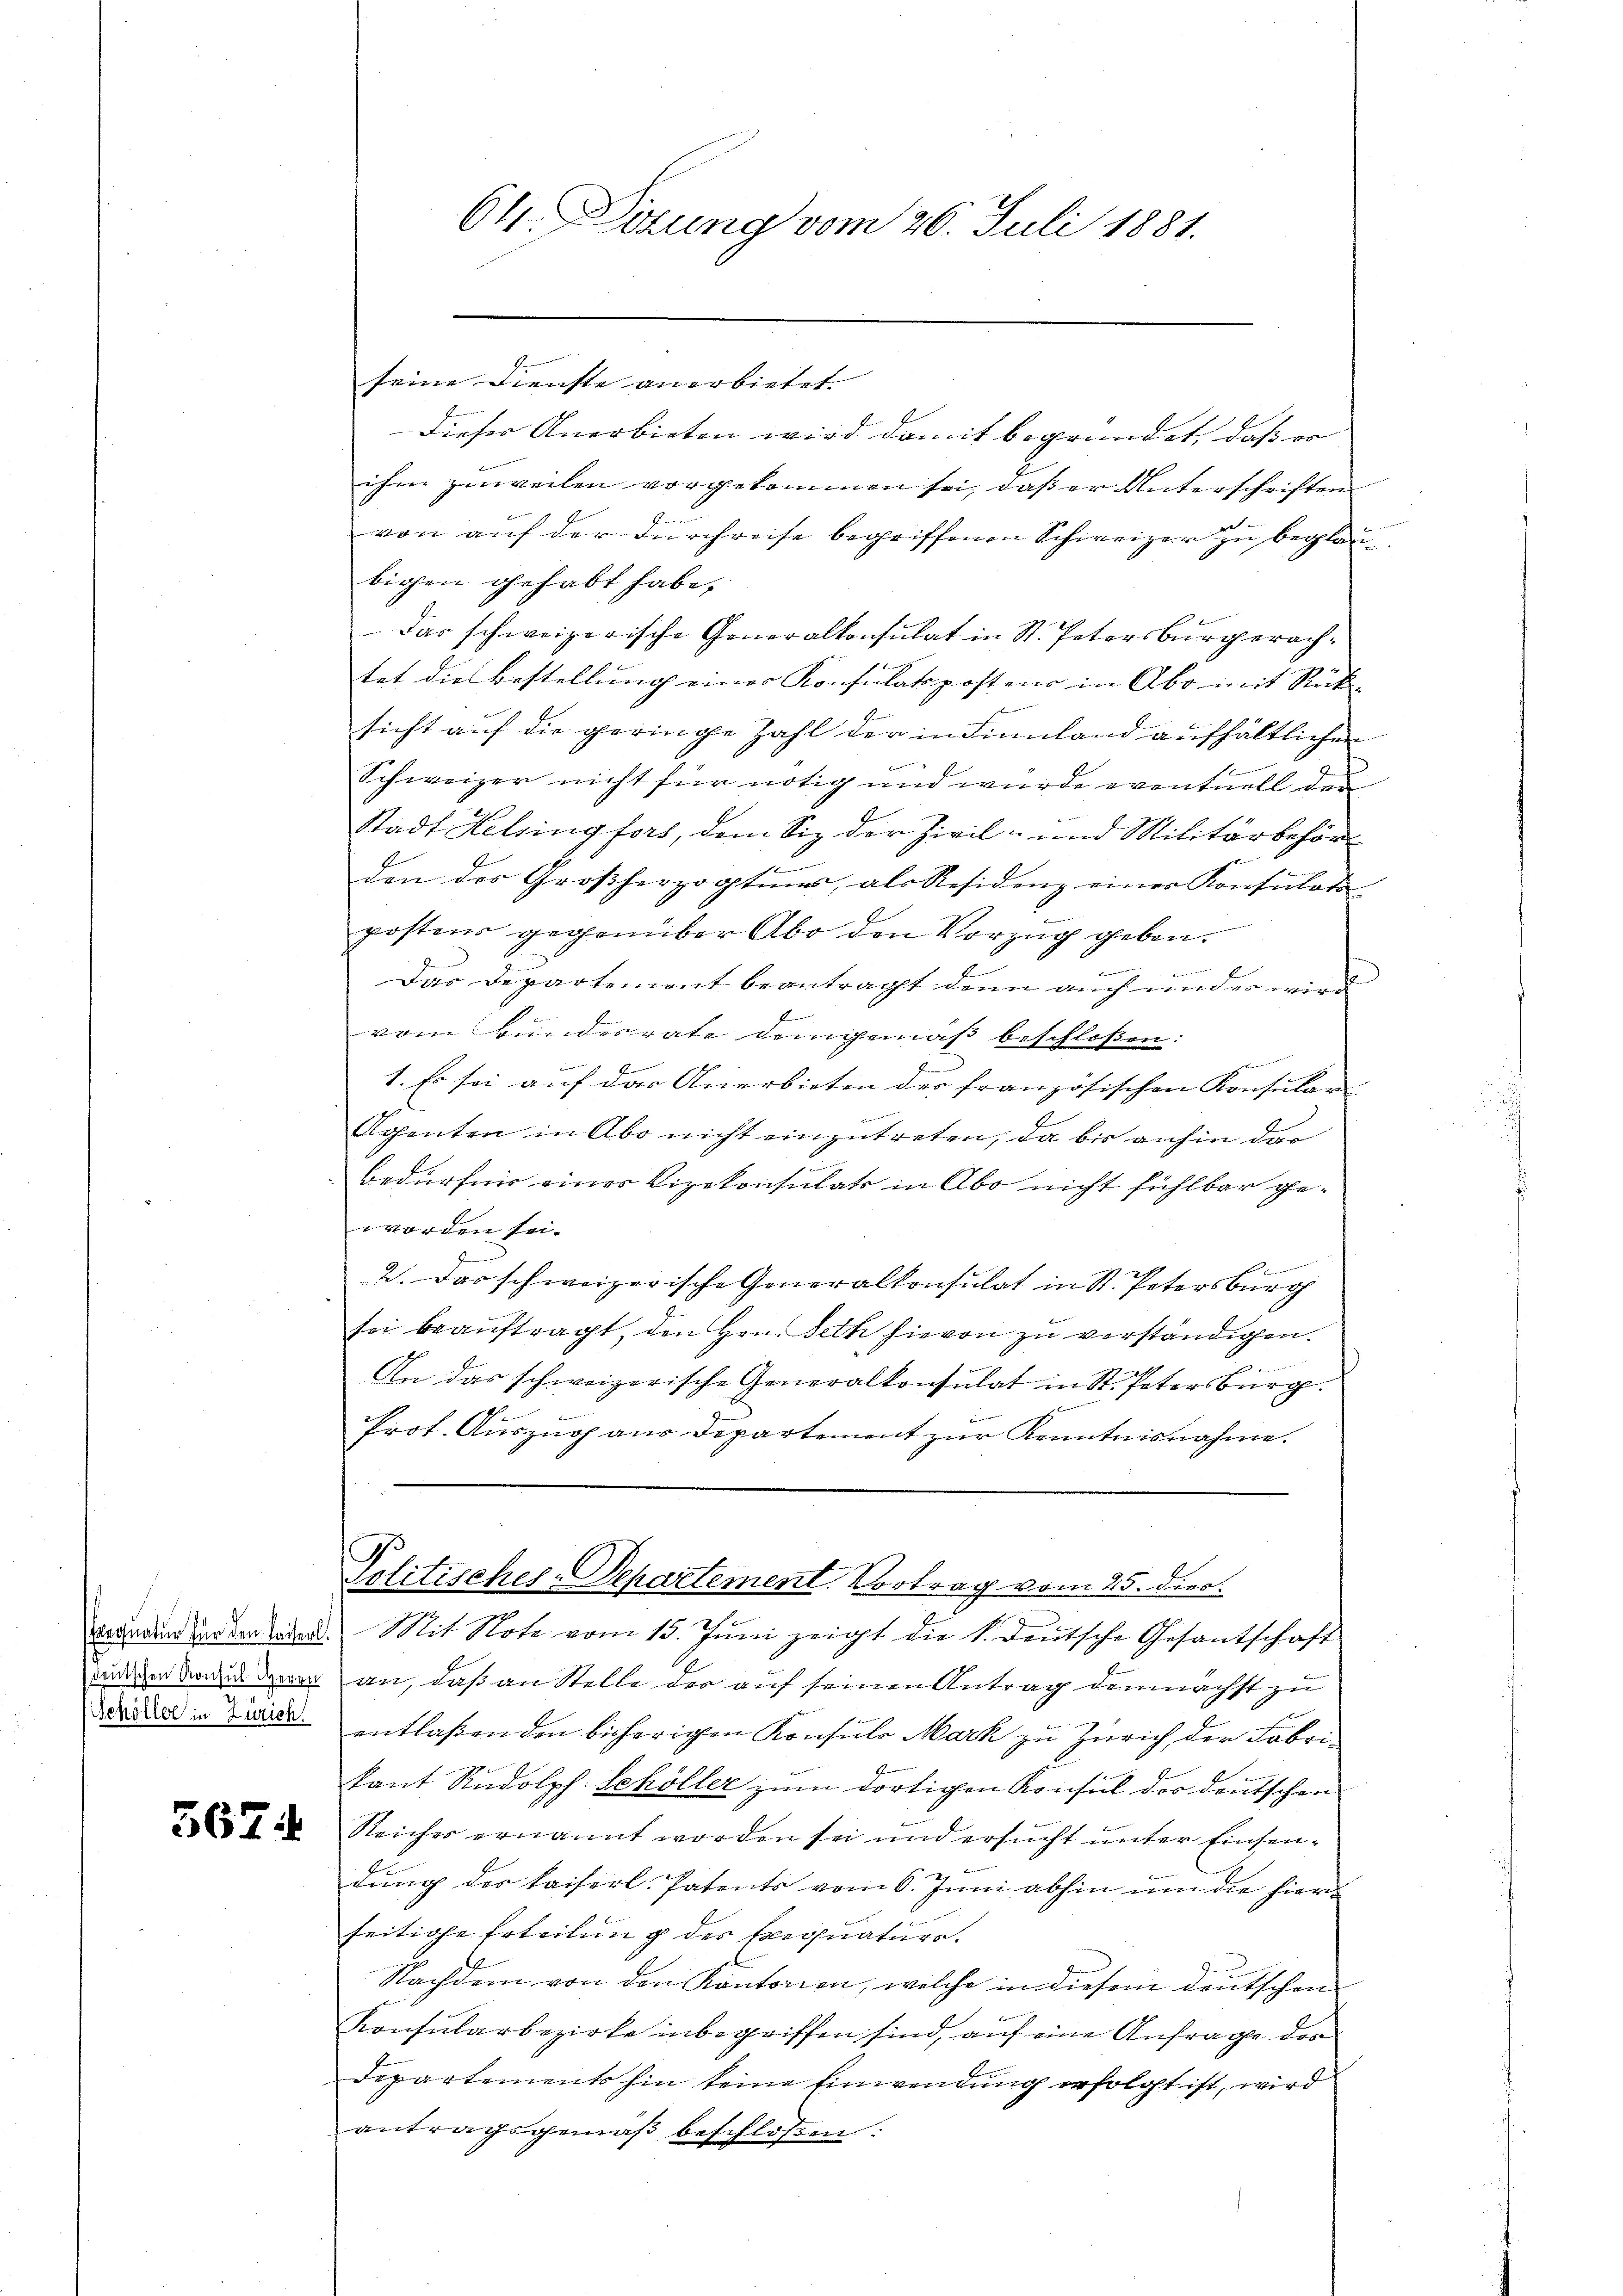
Exequatur für den Kaiserl.
deutschen Konsul Herrn
Schöller in Zürich

567.

seine Dienste anerbietet.
Dieser Anerbieten wird damit begründet, daß es
ihm zuweilen vorgekommen sei, daß er Unterschriften
von auf der Durchreise begriffenen Schweizer zu beglau
bigen gehabt habe,
Das schweizerische Generalkonsulat in St. Petersburg erachtet die Bestellung einer Konsulatspostens in Abo mit Rück
sicht auf die geringe Zahl der in Finnland aufhältlichen
Schweizer nicht für nötig und wurde eventuell der
Stadt Helsingfors, dem Siz der Zivil- und Militärbehör¬
u
den der Großherzogtes, als Residenz einer Konsulat
i
postens gegenüber Abo den Vorzug geben.
Diner anden und
.
E
Das Departement beantragt denn auch und er wird
f
vom Bundesrate demgemäß beschloßen:
ge
1. Es sei auf das Anerbieten der französischen Konsular
E
Agenten in Abo nicht einzutreten, da bis anhin dar
Bedürfnis eines Vizekonsulats in Abo nicht fühlbar ge¬
 worden sei.

2. Das schweizerische Generalkonsulat in St. Petersburg
sei beauftragt, den Hrn. Jeth hievon zu verständigen.
e
An das schweizerische Generalkonsulat in St. Petersburg.
Prot. Auszug aus Departement zur Kenntnisnahme.
Politisches-Departement. Vortrag vom 25. dies.
Mit Note vom 15. Jŭni zeigt die k. deutsche Gesantschaft
an, daß an Stelle der auf seinen Antrag demnächst zu
entlaßenden bisherigen Konsuls Mark zu Zürich, der Fabrikant Rudolph Schöller zum dortigen Konsul der deutschen
Reiches ernannt worden sei und ersucht unter Einsendŭng des kaiserl. Patents vom 6. Juni abhin um die hierseitige Erteilung des Exequaturs.
Nachdem von den Kantonen, welche in diesem deutschen
Konsularbezirke inbegriffen sind, auf eine Anfrage des
Departements hin keine Einwendung erfolgt ist, wird
antragsgemäβ beschloßen:

64. Sizung vom 26. Juli 1881.